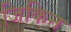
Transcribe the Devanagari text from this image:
जिकिन